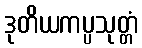
ဒုတိယကပ္ပသုတ္တံ